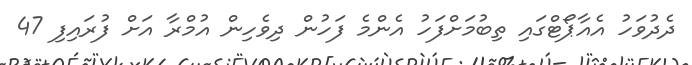
ދެދުވަހު އެއާޕޯޓްގައި ތިބުމަށްފަހު އެންމެ ފަހުން ދިވެހިން އުމްރާ އަށް ފުރައިފި 47